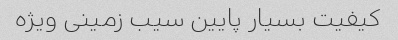
کیفیت بسیار پایین سیب زمینی ویژه